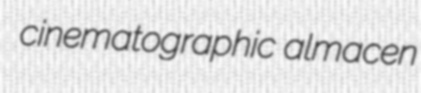
cinematographic almacen